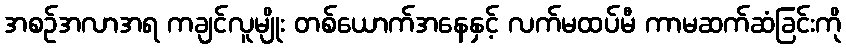
အစဉ်အလာအရ ကချင်လူမျိုး တစ်ယောက်အနေနှင့် လက်မထပ်မီ ကာမဆက်ဆံခြင်းကို